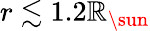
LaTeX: r\lesssim1.2\mathbb{R}_{\sun}